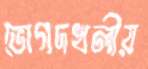
ভোগদখলীয়